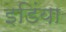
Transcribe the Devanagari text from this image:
इडिंया